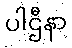
ပါဌီနာ